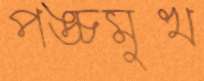
পঙ্চমুখ